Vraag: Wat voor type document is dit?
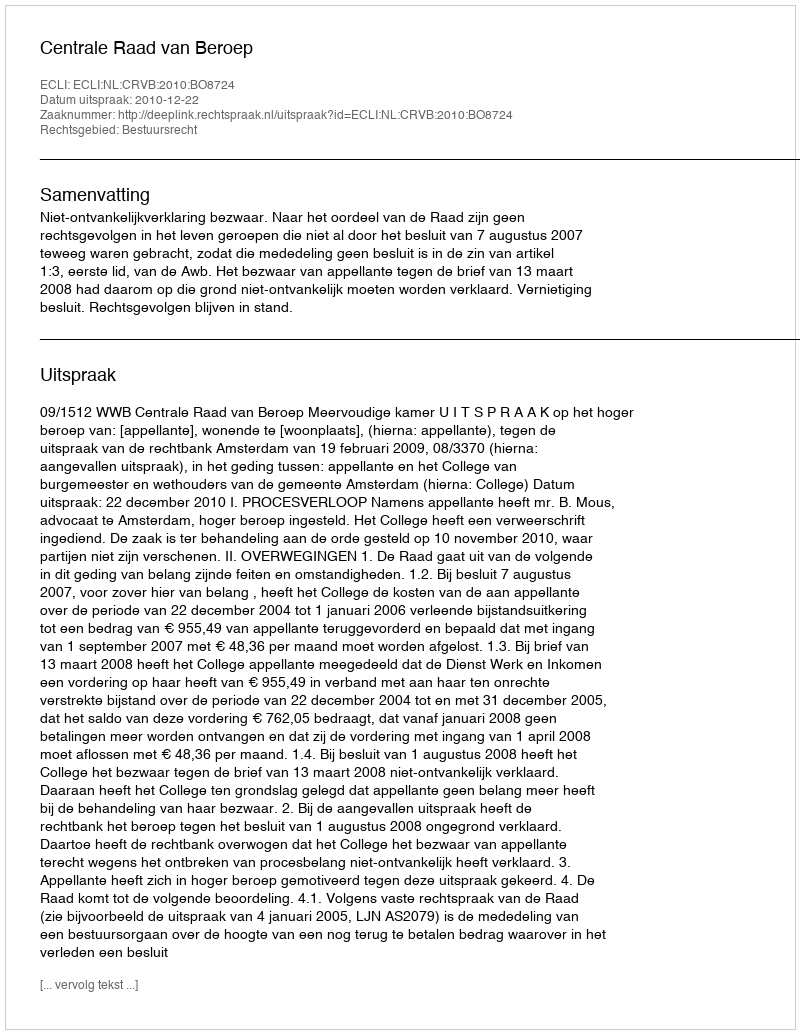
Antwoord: Uitspraak